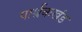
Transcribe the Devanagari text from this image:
पार्श्वकखंड